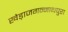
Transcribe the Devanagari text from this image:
खेड़ाजगन्नाथपुरा